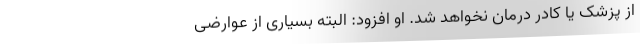
از پزشک یا کادر درمان نخواهد شد. او افزود: البته بسیاری از عوارضی